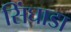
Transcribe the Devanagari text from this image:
सिंघाडा